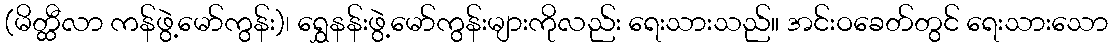
(မိတ္ထီလာ ကန်ဖွဲ့မော်ကွန်း)၊ ရွှေနန်းဖွဲ့မော်ကွန်းများကိုလည်း ရေးသားသည်။ အင်းဝခေတ်တွင် ရေးသားသော